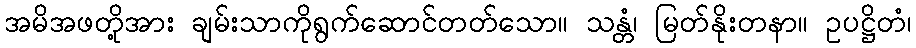
အမိအဖတို့အား ချမ်းသာကိုရွက်ဆောင်တတ်သော။ သန္တံ၊ မြတ်နိုးတနာ။ ဥပဋ္ဌိတံ၊